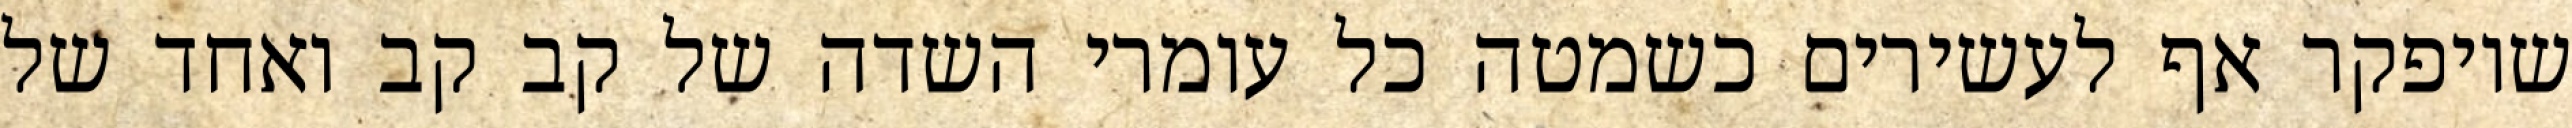
שיופקר אף לעשירים כשמטה כל עומרי השדה של קב קב ואחד של